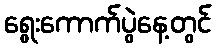
ရွေးကောက်ပွဲနေ့တွင်